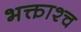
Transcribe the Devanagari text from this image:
भक्ताश्च